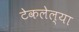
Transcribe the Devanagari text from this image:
टेकलेल्या